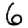
Digit: 6